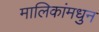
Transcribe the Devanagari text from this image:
मालिकांमधुन